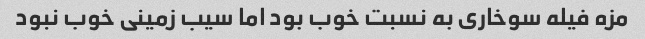
مزه فیله سوخاری به نسبت خوب بود اما سیب زمینی خوب نبود